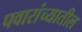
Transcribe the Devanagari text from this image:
पवारांच्यातील